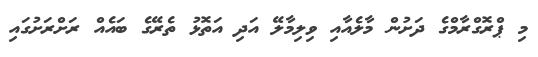
މި ޕްރޮގްރާމްގެ ދަށުން މާލެއާއި ވިލިމާލޭ އަދި އަތޮޅު ތެރޭގެ ބައެއް ރަށްރަށުގައި